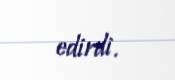
edirdi.